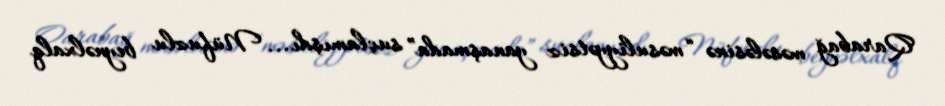
Qarabağ məsələsinə “məsuliyyətsiz yanaşmada” suçlamışdı... Nüfuzlu beynəlxalq